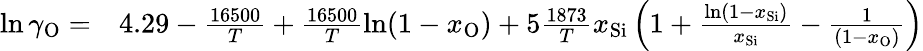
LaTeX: \begin{array}{rl}{\ln\gamma_{\mathrm{O}}=}&{{}4.29-\frac{16500}{T}+\frac{16500}{T}\ln(1-x_{\mathrm{O}})+5\frac{1873}{T}x_{\mathrm{Si}}\left(1+\frac{\ln(1-x_{\mathrm{Si}})}{x_{\mathrm{Si}}}-\frac{1}{(1-x_{\mathrm{O}})}\right)}\end{array}